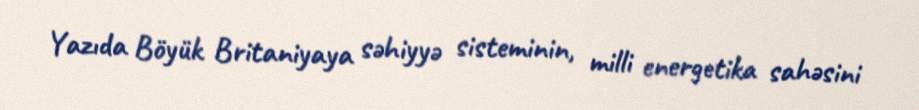
Yazıda Böyük Britaniyaya səhiyyə sisteminin, milli energetika sahəsini